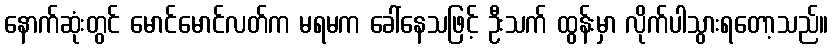
နောက်ဆုံးတွင် မောင်မောင်လတ်က မရမက ခေါ်နေသဖြင့် ဦးသက် ထွန်းမှာ လိုက်ပါသွားရတော့သည်။